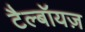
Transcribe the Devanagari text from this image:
टैल्बॉयज़